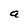
Character: a